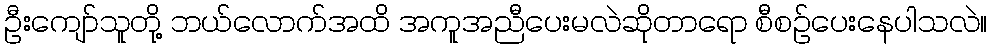
ဦးကျော်သူတို့ ဘယ်လောက်အထိ အကူအညီပေးမလဲဆိုတာရော စီစဉ်ပေးနေပါသလဲ။